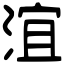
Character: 𣶺